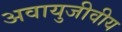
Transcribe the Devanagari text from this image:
अवायुजीवीय